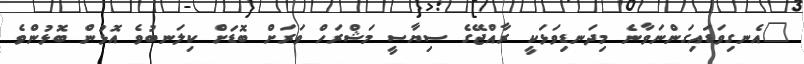
"އެނގިވަޑައިގަންނަވާނެ މިދަނޑިވަޅަކީ ރާއްޖޭގެ ސިޔާސީ މަޝްރަހް ވަރަށް ބޮޑަށް ކިލަނބުވެ އޮޅުން ބޮޅުންވެ